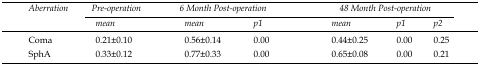
<table><thead><tr><td><b>Aberration</b></td><td><b>Pre-operation</b></td><td colspan="2"><b>6 Month Post-operation</b></td><td colspan="3"><b>48 Month Post-operation</b></td></tr></thead><tbody><tr><td></td><td>mean</td><td>mean</td><td>p1</td><td>mean</td><td>p1</td><td>p2</td></tr><tr><td>Coma</td><td>0.21±0.10</td><td>0.56±0.14</td><td>0.00</td><td>0.44±0.25</td><td>0.00</td><td>0.25</td></tr><tr><td>SphA</td><td>0.33±0.12</td><td>0.77±0.33</td><td>0.00</td><td>0.65±0.08</td><td>0.00</td><td>0.21</td></tr></tbody></table>